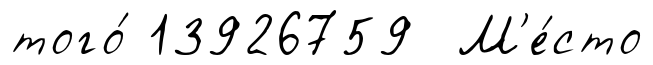
того́ 13926759 М'е́сто